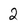
Character: 2